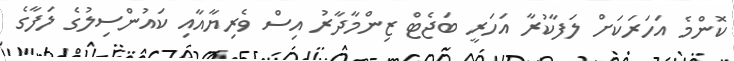
ކޮންމެ އަހަރަކަށް ލަފާކުރާ އަހަރީ ބަޖެޓް ޒިންމާދާރު އިސް ވެރިޔާއާއި ކައުންސިލުގެ ލަފާގެ